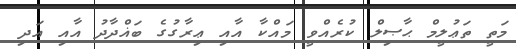
މަތީ ތަޢުލީމް ޙާޞިލް ކުރެއްވީ މައްކާ އާއި ޢިރާގުގެ ބަޣްދާދު އާއި އަދި